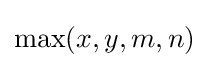
\max(x,y,m,n)